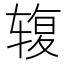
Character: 𰺓